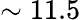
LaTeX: \sim 11.5